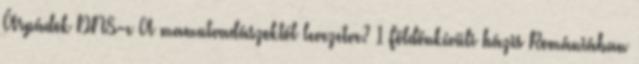
Árpádok DNS-e A mamutvadászoktól levezetve? 1 Földönkívüli bázis Romániában